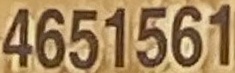
4651561